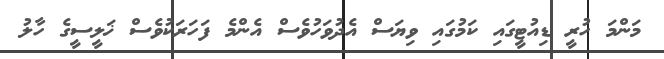
މަންމަ ހުރީ ޑިއުޓީގައި ކަމުގައި ވިޔަސް އެދުވަހުވެސް އެންމެ ފަހަރަކުވެސް ޚަލީސީގެ ހާލު